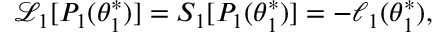
\mathcal { L } _ { 1 } [ P _ { 1 } ( \theta _ { 1 } ^ { * } ) ] = S _ { 1 } [ P _ { 1 } ( \theta _ { 1 } ^ { * } ) ] = - \ell _ { 1 } ( \theta _ { 1 } ^ { * } ) ,